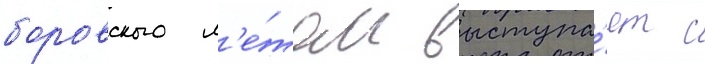
боровского л'е́том выступа́ет с